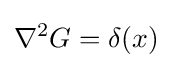
\nabla ^{2}G=\delta (x)